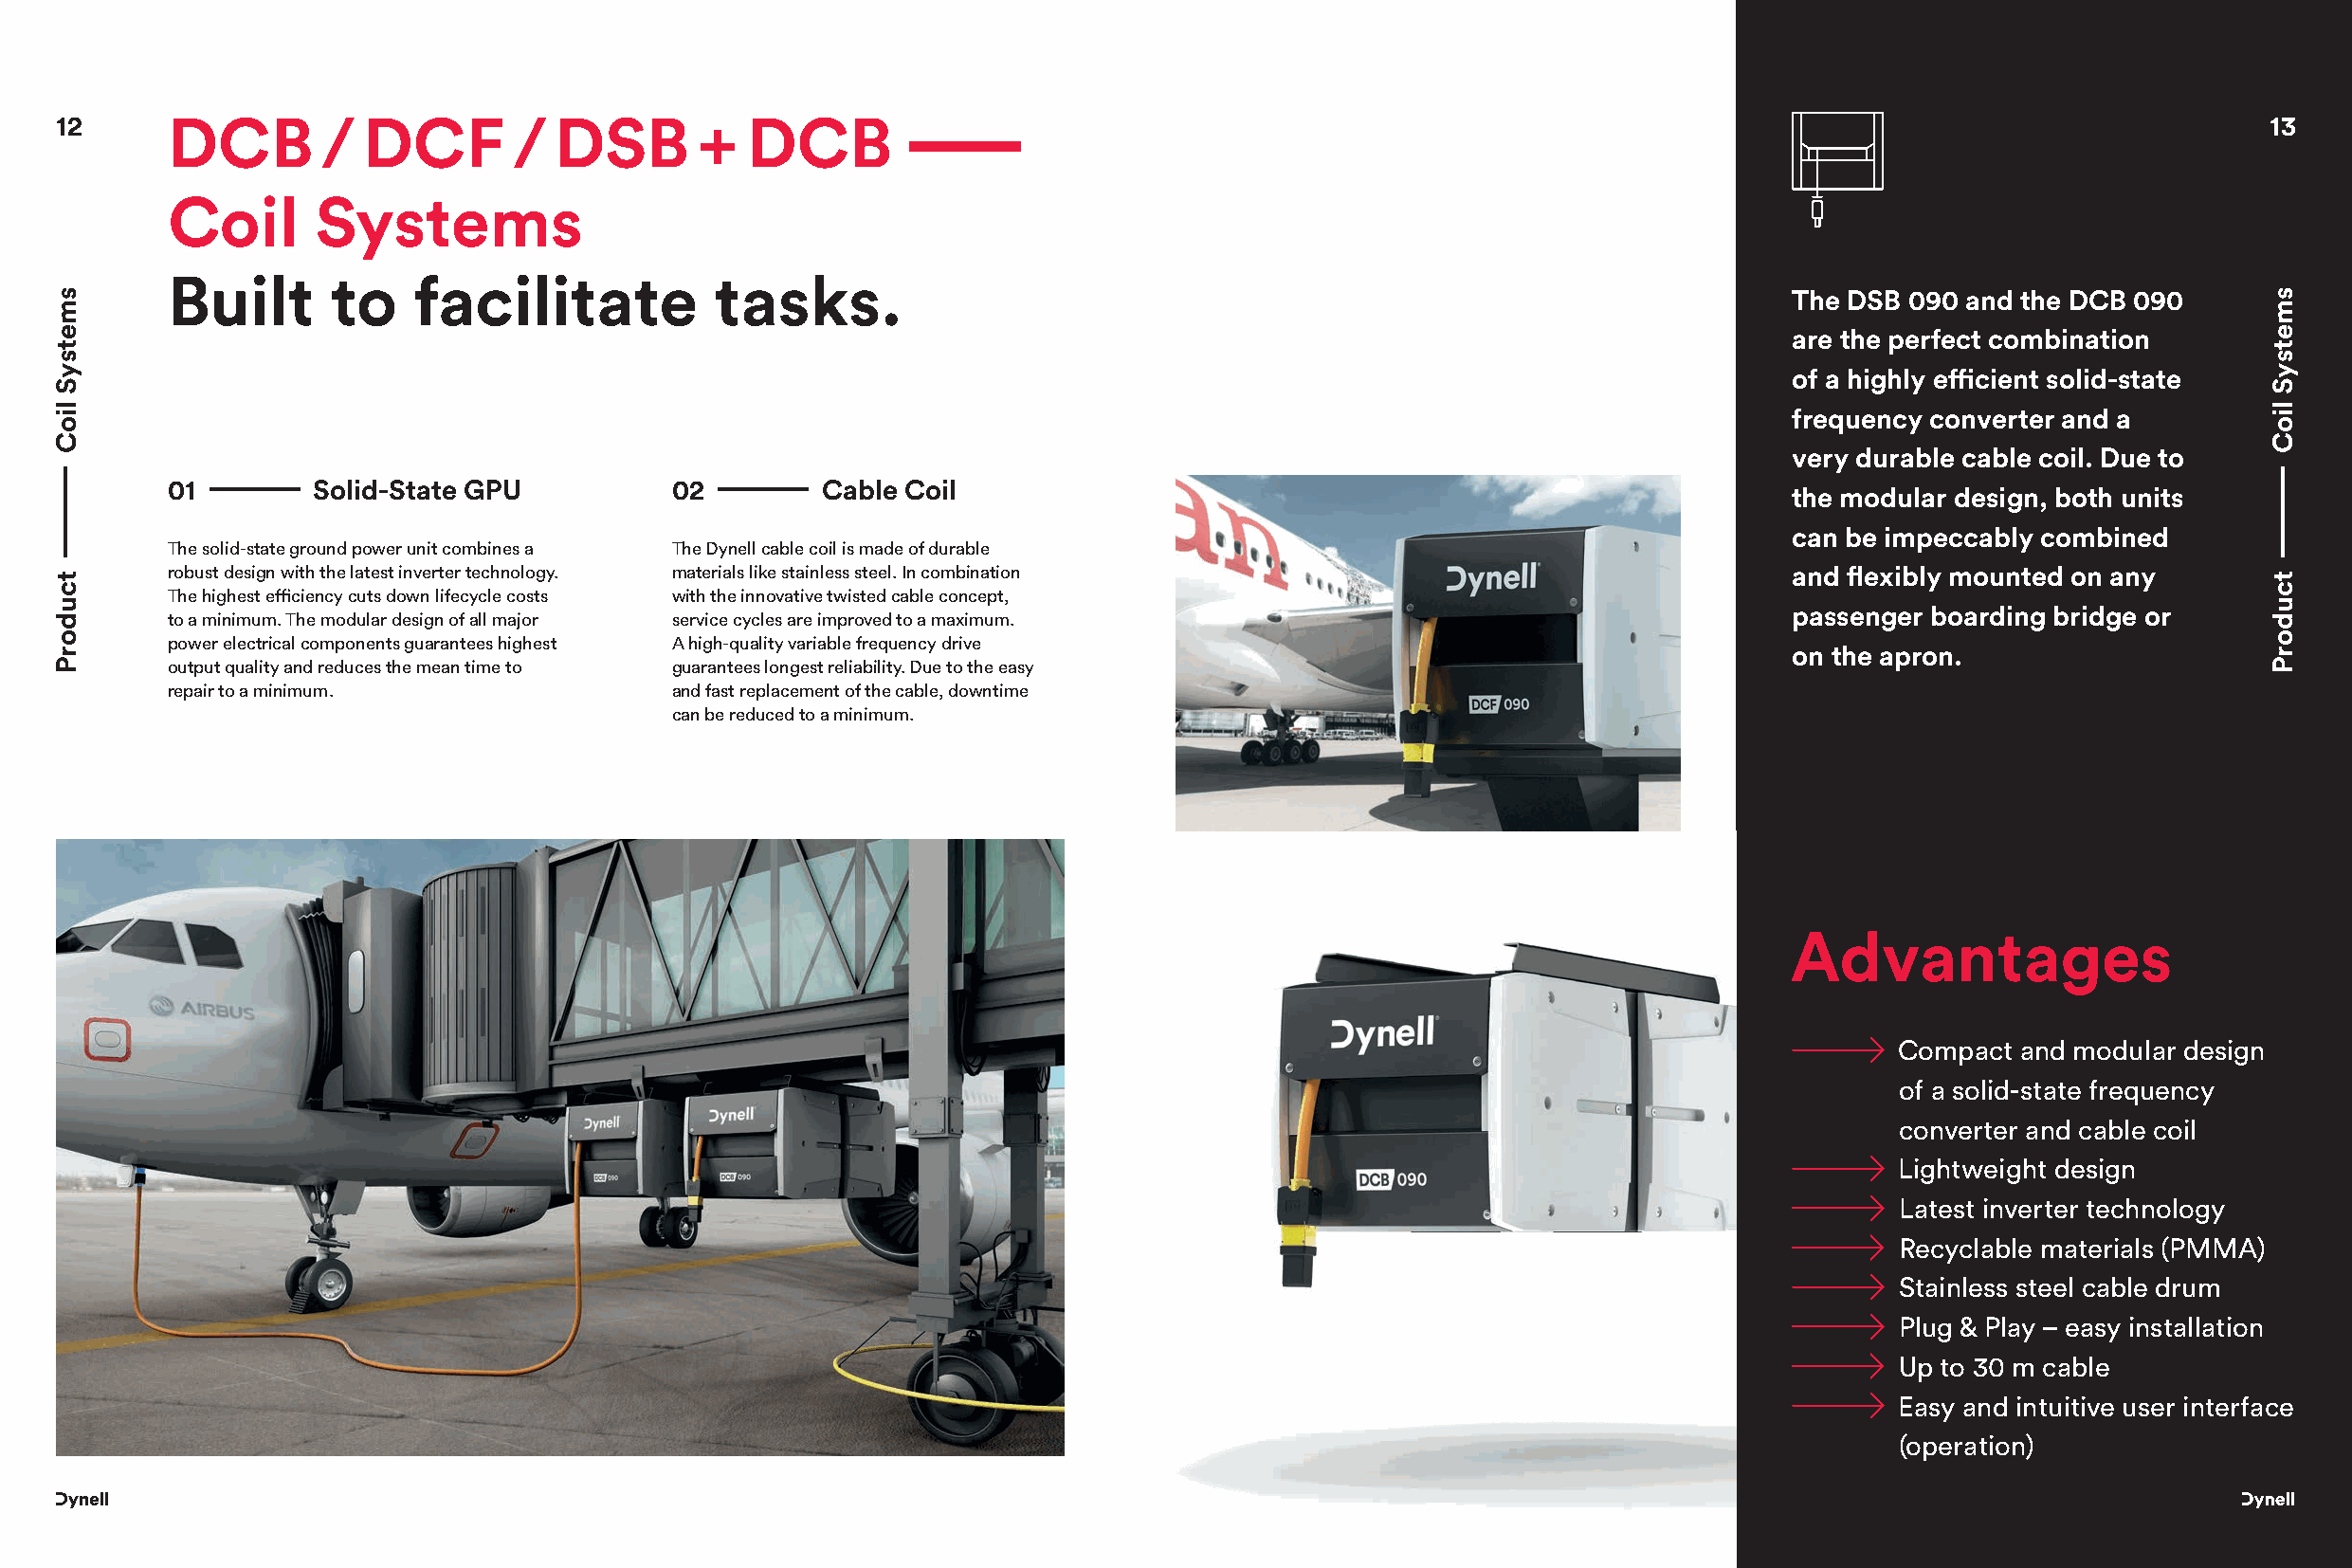
12      DCB       /  DCF        /  DSB       +  DCB                                                                                                       13
 Coil      Systems
 Built      to    facilitate           tasks.
 The DSB 090 and the DCB 090
 are the perfect combination
 of a highly effi cient solid-state
 frequency converter and a
 very durable cable coil. Due to
 01        Solid-State GPU          02        Cable Coil
 the modular design, both units
 can be impeccably combined
 The solid-state ground power unit combines a The Dynell cable coil is made of durable
 robust design with the latest inverter technology. materials like stainless steel. In combination                and fl exibly mounted on any
 The highest effi ciency cuts down lifecycle costs with the innovative twisted cable concept,
 passenger boarding bridge or
 to a minimum. The modular design of all major service cycles are improved to a maximum.
 power electrical components guarantees highest A high-quality variable frequency drive
 on the apron.
 output quality and reduces the mean time to guarantees longest reliability. Due to the easy
 repair to a minimum.               and fast replacement of the cable, downtime
 can be reduced to a minimum.
 Advantages
 Compact and modular design
 of a solid-state frequency
 converter and cable coil
 Lightweight design
 Latest inverter technology
 Recyclable materials (PMMA)
 Stainless steel cable drum
 Plug & Play – easy installation
 Up to 30 m cable
 Easy and intuitive user interface
 (operation)
 smetsyS
 lioC
 tcudorP
 smetsyS
 lioC
 tcudorP